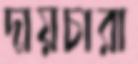
দায়চারা